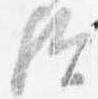
歟